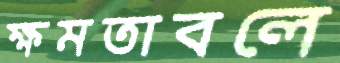
ক্ষমতাবলে